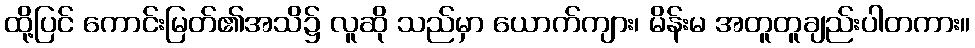
ထို့ပြင် ကောင်းမြတ်၏အသိ၌ လူဆို သည်မှာ ယောက်ကျား၊ မိန်းမ အတူတူချည်းပါတကား။